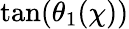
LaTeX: \tan(\theta_{1}(\chi))